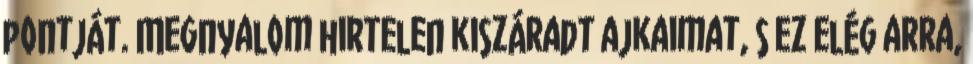
pontját. Megnyalom hirtelen kiszáradt ajkaimat, s ez elég arra,